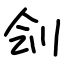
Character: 刽